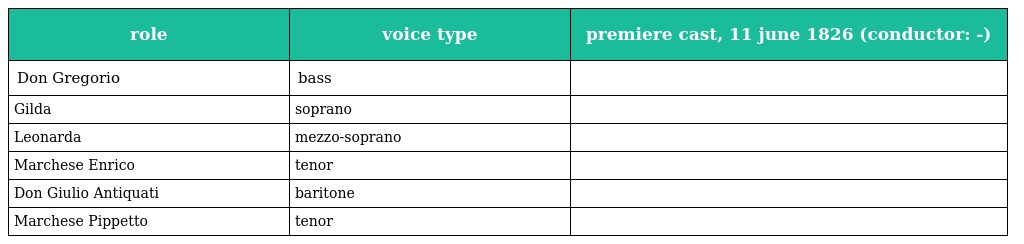
| role | voice type | premiere cast, 11 june 1826 (conductor: -) |
 | --- | --- | --- |
 | Don Gregorio | bass |  |
 | Gilda | soprano |  |
 | Leonarda | mezzo-soprano |  |
 | Marchese Enrico | tenor |  |
 | Don Giulio Antiquati | baritone |  |
 | Marchese Pippetto | tenor |  |